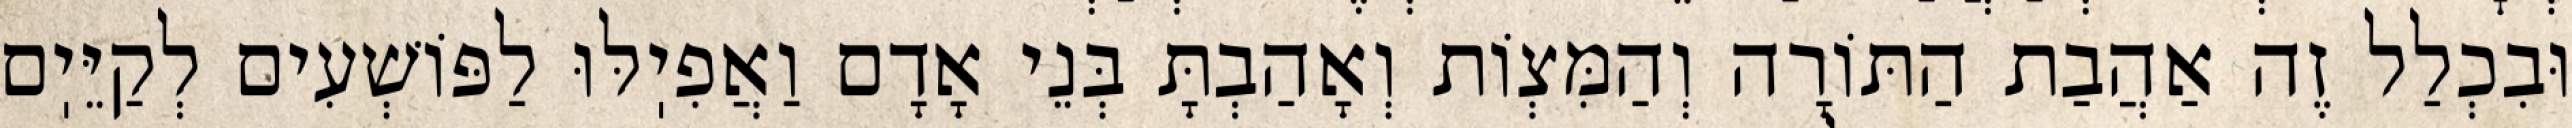
וּבִכְלַל זֶה אַהֲבַת הַתּוֹרָה וְהַמִּצְוֹת וְאָהַבְתָּ בְּנֵי אָדָם וַאֲפִיֽלּוּ לַפּוֹשְׁעִים לְקַיֵּיֽם